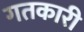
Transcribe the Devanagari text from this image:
गतकारी